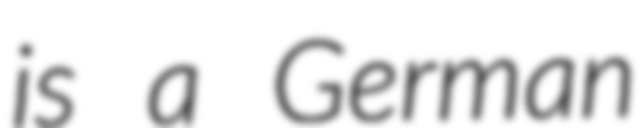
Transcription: is a German